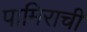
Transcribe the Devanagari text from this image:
पामिराची